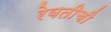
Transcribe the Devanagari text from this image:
रेवतीची